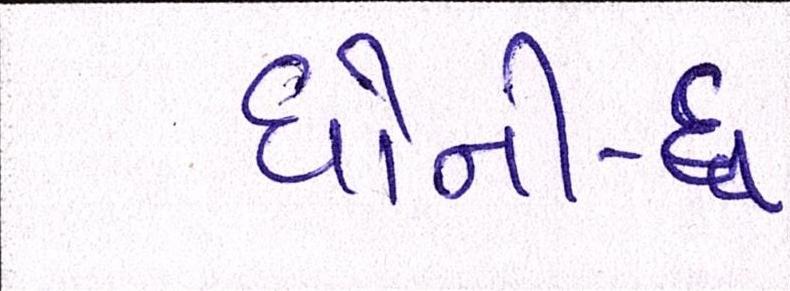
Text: ધોની-ધ